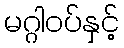
မဂ္ဂါဝပ်နှင့်